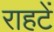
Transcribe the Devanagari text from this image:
राहटें